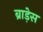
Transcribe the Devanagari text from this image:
ब्राड़ेस